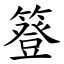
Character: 簦